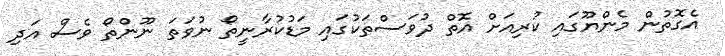
އެގޮތުން މެންޔޫގައި ކުރިއަށް އޮތް ދުވަސްތަކުގައި މަޑުކުރާނީތޯ ނުވަތަ ނޫންތޯ ވެސް އަދި